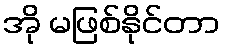
အို မဖြစ်နိုင်တာ